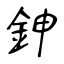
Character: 鉮